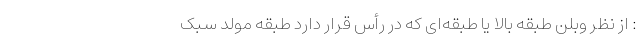
: از نظر وبلن طبقه بالا یا طبقه‌ای که در رأس قرار دارد طبقه مولد سبک